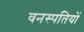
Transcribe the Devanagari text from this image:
वनस्‍पतियों